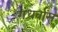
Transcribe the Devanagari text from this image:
गंधर्वांस